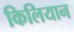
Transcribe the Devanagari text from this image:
किलियान